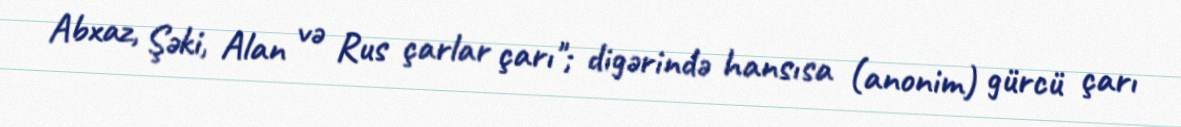
Abxaz, Şəki, Alan və Rus çarlar çarı"; digərində hansısa (anonim) gürcü çarı